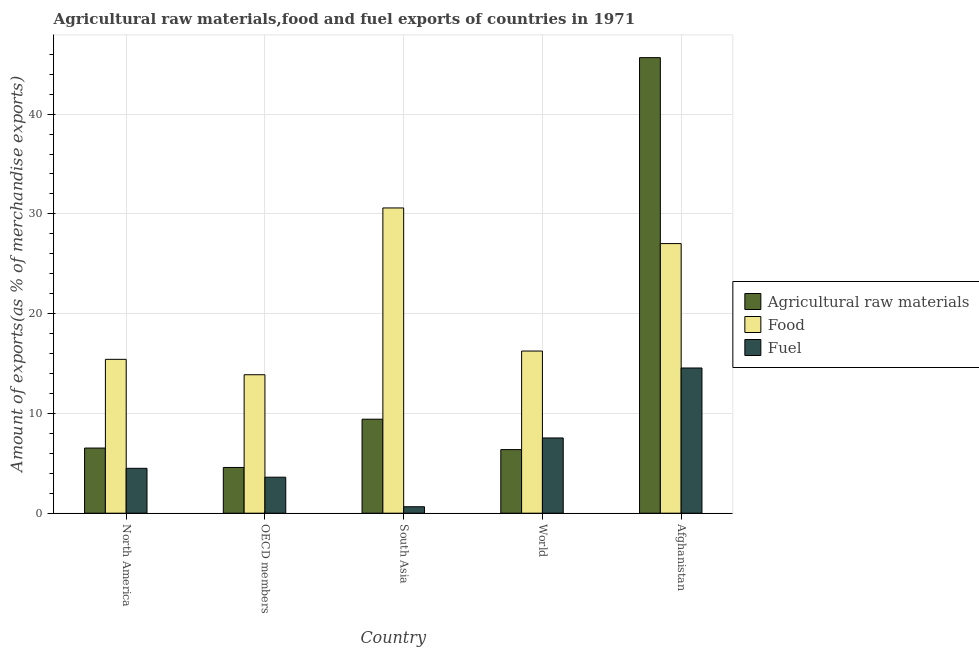
| Country | Agricultural raw materials | Food | Fuel |
 | --- | --- | --- | --- |
 | North America | 6.53 | 15.4 | 4.5 |
 | OECD members | 4.58 | 13.9 | 3.61 |
 | South Asia | 9.42 | 30.6 | 0.647 |
 | World | 6.37 | 16.3 | 7.54 |
 | Afghanistan | 45.7 | 27 | 14.6 |